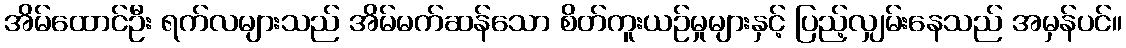
အိမ်ထောင်ဦး ရက်လများသည် အိမ်မက်ဆန်သော စိတ်ကူးယဉ်မှုများနှင့် ပြည့်လျှမ်းနေသည် အမှန်ပင်။